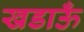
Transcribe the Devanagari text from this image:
खडाऊँ